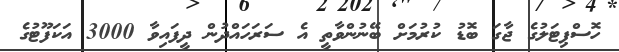
ހޮސްޕިޓަލުގެ ޖާގަ ބޮޑު ކުރުމަށް ބޭނުންވާތީ އެ ސަރަހައްދުން ދީފައިވާ 3000 އަކަފޫޓުގެ